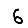
Digit: 6